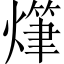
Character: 𤏫